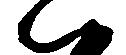
ハ